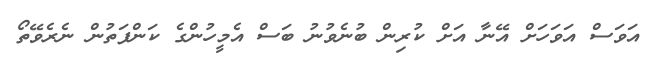
އަވަސް އަވަހަށް އޭނާ އަށް ކުރިން ބުނެވުނު ބަސް އެމީހުންގެ ކަންފަތުން ނެރެވޭތޯ